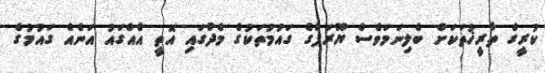
ކުރީގެ ތާރީޚުތަކަށް ބެލިނަމަވެސް ޔޫރަޕްގެ ގައުމުތަކުގެ މެދުގައި އޮތީ އެއްގައު އަނެއް ގައުމުގެ